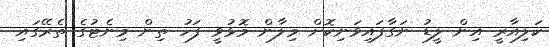
ކަލިއާރީ އިން ލީޑު ނަގާފައިވަނިކޮށް މިލާން މޮޅުވީ ފަހު ތިން މިނެޓުގެ ތެރޭގައި